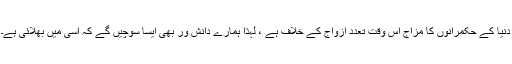
دنیا کے حکمرانوں کا مزاج اس وقت تعدد ازواج کے خلاف ہے ، لہٰذا ہمارے دانش ور بھی ایسا سوچیں گے کہ اسی میں بھلائی ہے۔